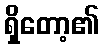
ရှိတော့၏